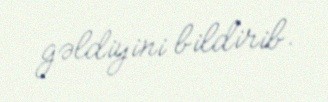
gəldiyini bildirib.